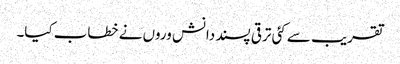
تقریب سے کئی ترقی پسند دانش وروں نے خطاب کیا۔